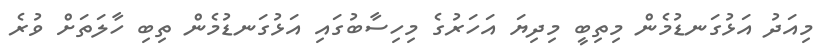
މިއަދު އަޅުގަނޑުމެން މިތިބީ މިދިޔަ އަހަރުގެ މިހިސާބުގައި އަޅުގަނޑުމެން ތިބި ހާލަތަށް ވުރެ